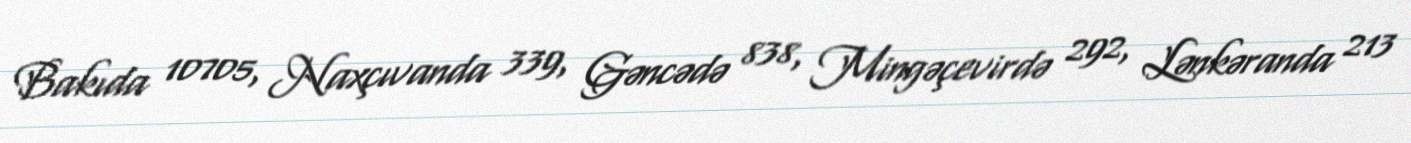
Bakıda 10705, Naxçıvanda 339, Gəncədə 838, Mingəçevirdə 292, Lənkəranda 213